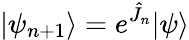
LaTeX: |\psi_{n+1}\rangle=e^{\hat{J}_{n}}|\psi\rangle